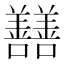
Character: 𡆃